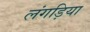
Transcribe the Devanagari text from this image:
लंगड़िया